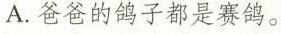
A.爸爸的鸽子都是赛鸽。